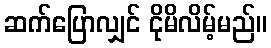
ဆက်ပြောလျှင် ငိုမိလိမ့်မည်။